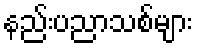
နည်းပညာသစ်များ